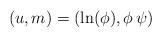
LaTeX: \begin{align*}(u,m)=(\ln(\phi), \phi\,\psi)\end{align*}